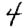
Digit: 4